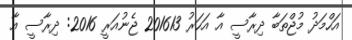
އަހްމަދު މުޖްތަބާ ދިރާސީ އާ އަހަރު 201613 ޖެނުއަރީ 2016: ދިރާސީ އާ